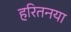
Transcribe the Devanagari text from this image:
हरितनया